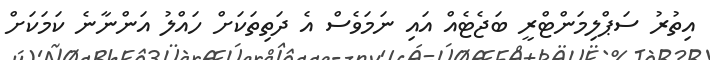
އިތުރު ސަޕްލިމަންޓްރީ ބަޖެޓެއް އައި ނަމަވެސް އެ ދަތިތަކަށް ހައްލު އަންނާނެ ކަމަކަށް